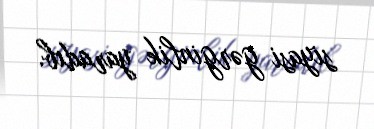
siyasi gərginlik yaradıb.